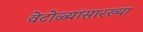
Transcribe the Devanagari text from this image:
वेटोळ्यांसारख्या